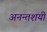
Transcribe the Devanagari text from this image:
अनन्तशयी